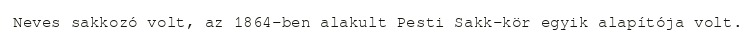
Neves sakkozó volt, az 1864-ben alakult Pesti Sakk-kör egyik alapítója volt.